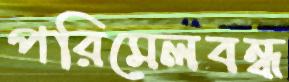
পরিমেলবন্ধ